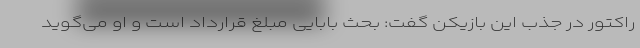
راکتور در جذب این بازیکن گفت: بحث بابایی مبلغ قرارداد است و او می‌گوید